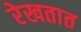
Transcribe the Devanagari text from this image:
रेखतात